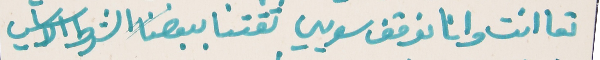
تعا انت وانا نوقف سويي   ثقتنا ببعضنا الشرط الاساسي